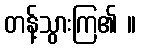
တန့်သွားကြ၏ ။